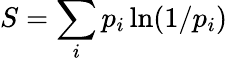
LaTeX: S=\sum_{i}p_{i}\ln(1/p_{i})